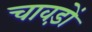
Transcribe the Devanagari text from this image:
चावड़ों